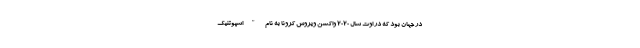
در جهان بود که در اوت سال 2020 واکسن ویروس کرونا به نام "اسپوتنیک